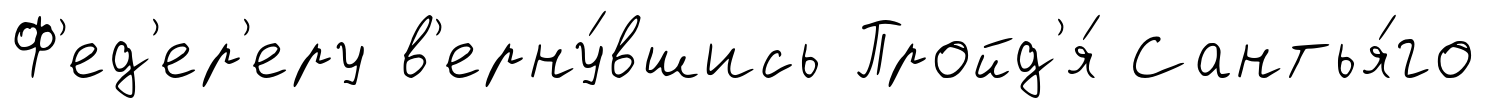
Ф'ед'ер'еру в'ерну́вшись Пройд'я́ Сантья́го